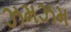
ઝમઝમ